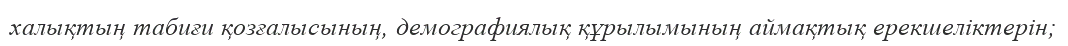
халықтың табиғи қозғалысының, демографиялық құрылымының аймақтық ерекшеліктерін;